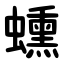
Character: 䗼